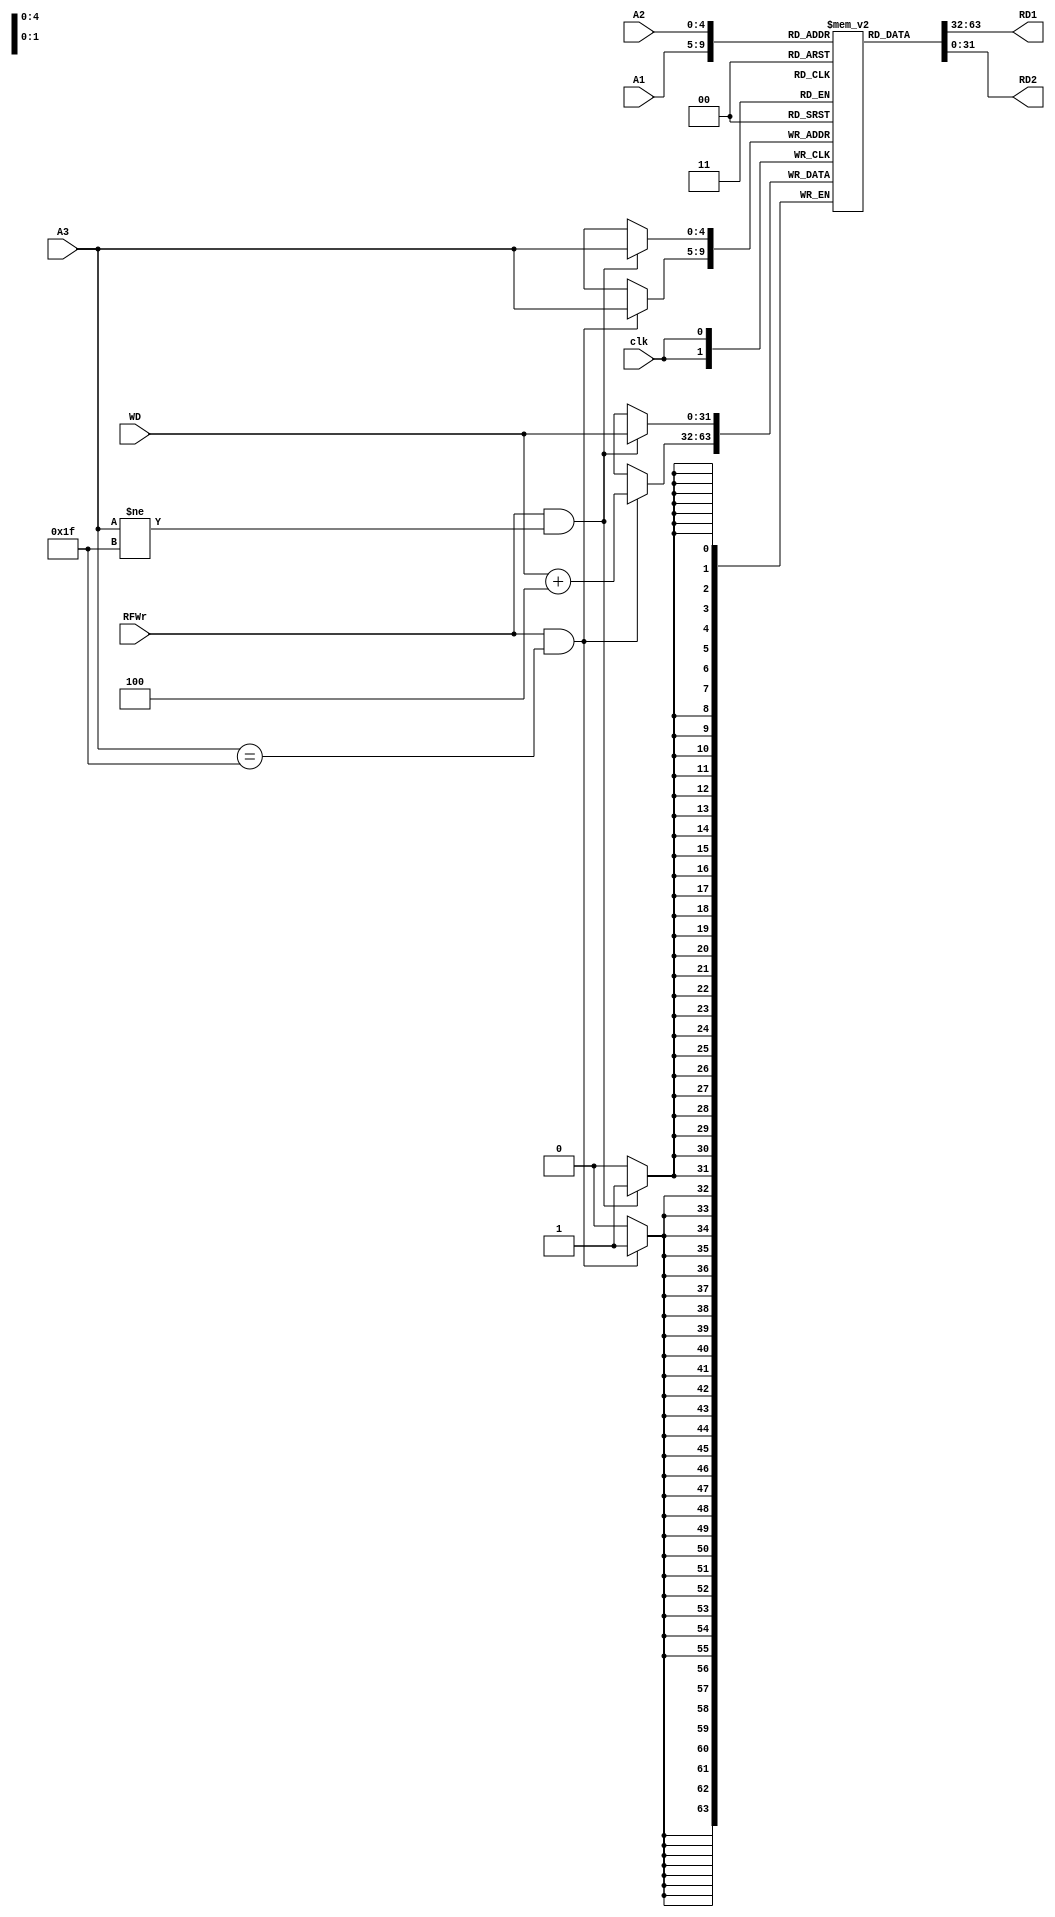
module RF(A1, A2, A3, WD, RFWr, clk, RD1, RD2);
  input [4:0]A1;
  input [4:0]A2;
  input [4:0]A3;
  input [31:0]WD;
  input RFWr;
  input clk;
  output reg [31:0]RD1;
  output reg [31:0]RD2;
  
  reg[5:0] i;
  
  reg [31:0] data[31:0];
  initial
  begin
    for (i=0;i<32;i=i+1)
      data[i]=32'b0;
  end 
  
  always @(A1 or A2 or data[RD1] or data[RD2])
  begin
    RD1<=data[A1];
    RD2<=data[A2];
  end
  
  always @(negedge clk)
  begin
  if ((RFWr) && (A3!=5'b11111))
    data[A3]<=WD;
  if ((RFWr) && (A3==5'b11111))
    data[A3]<=WD+4;

  //For test
  for (i=0;i<32;i=i+1)
    begin
      $display("RegNum : %d",i);
      $display("%h",data[i]);
    end
  $display("---Run---");
  end
  //For test
endmodule